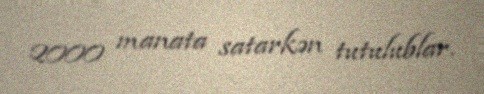
2000 manata satarkən tutulublar.